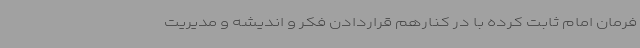
فرمان امام ثابت کرده با در کنارهم قراردادن فکر و اندیشه و مدیریت